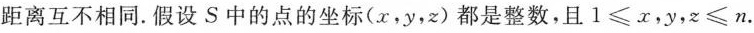
距离互不相同.假设S中的点的坐标(x，y，x)都是整数，且$$1 ≤ x$$，y，$$x ≤ n$$.